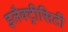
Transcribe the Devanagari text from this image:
इलैक्‍ट्रीसिटी